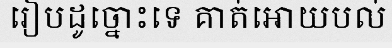
រៀបដូច្នោះទេ គាត់អោយបល់